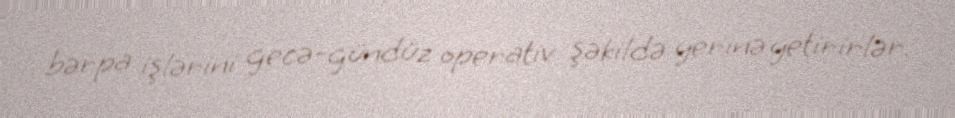
bərpa işlərini gecə-gündüz operativ şəkildə yerinə yetirirlər.